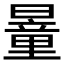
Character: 𣊹